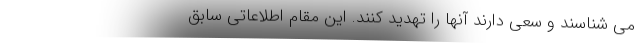
می شناسند و سعی دارند آنها را تهدید کنند. این مقام اطلاعاتی سابق